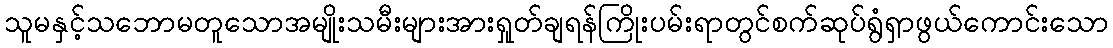
သူမနှင့်သဘောမတူသောအမျိုးသမီးများအားရှုတ်ချရန်ကြိုးပမ်းရာတွင်စက်ဆုပ်ရွံရှာဖွယ်ကောင်းသော